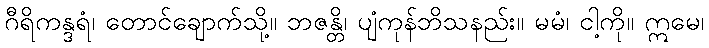
ဂီရိကန္ဒရံ၊ တောင်ချောက်သို့။ ဘဇန္တိ၊ ပျံကုန်ဘိသနည်း။ မမံ၊ ငါ့ကို။ ဣမေ၊